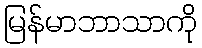
မြန်မာဘာသာကို